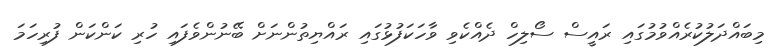
މިބައްދަލުކުރެއްވުމުގައި ރައީސް ސޯލިހް ދެއްކެވި ވާހަކަފުޅުގައި ރައްޔިތުންނަށް ބޭނުންވެފައި ހުރި ކަންކަން ފުރިހަމަ